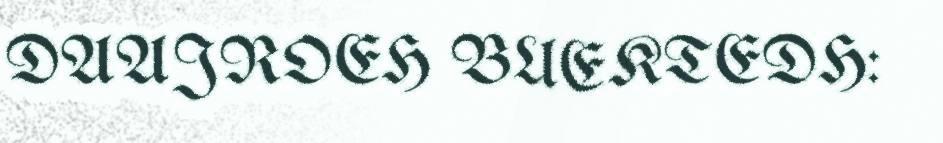
DAAJROEH BUEKTEDH: